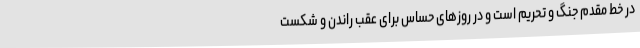
در خط مقدم جنگ و تحریم است و در روزهای حساس برای عقب راندن و شکست